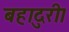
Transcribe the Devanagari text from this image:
बहादुरी।